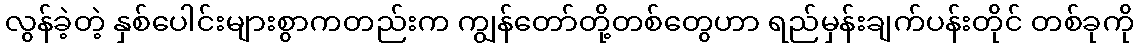
လွန်ခဲ့တဲ့ နှစ်ပေါင်းများစွာကတည်းက ကျွန်တော်တို့တစ်တွေဟာ ရည်မှန်းချက်ပန်းတိုင် တစ်ခုကို